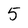
Character: 5